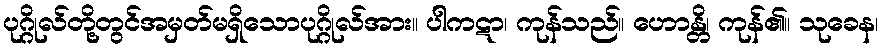
ပုဂ္ဂိုလ်တို့တွင်အမှတ်မရှိသောပုဂ္ဂိုလ်အား။ ပါကဋာ၊ ကုန်သည်။ ဟောန္တိ၊ ကုန်၏။ သုခေန၊